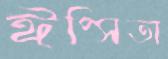
ঈপ্সিতা